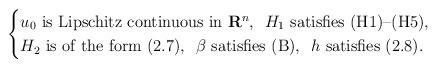
LaTeX: \begin{align*} \begin{cases} \mbox{$u_0$ is Lipschitz continuous in $\mathbf{R}^n$, \ $H_1$ satisfies (H1)--(H5),} \\\mbox{$H_2$ is of the form (2.7), \ $\beta$ satisfies (B), \ $h$ satisfies (2.8).}\end{cases} \end{align*}